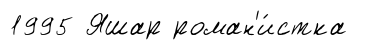
1995 Яшар роман'и́стка